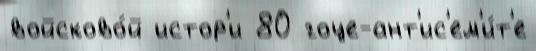
войсково́й истор'и 80 гоце-ант'ис'ем'и́т'е